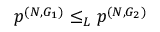
\boldsymbol { p } ^ { ( N , G _ { 1 } ) } \le _ { L } \boldsymbol { p } ^ { ( N , G _ { 2 } ) }